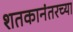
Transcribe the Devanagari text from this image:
शतकानंतरच्या